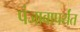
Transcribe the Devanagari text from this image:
पंजाबापर्यंत